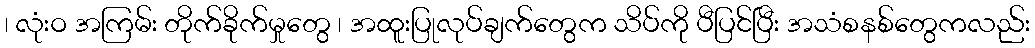
၊ လုံးဝ အကြမ်း တိုက်ခိုက်မှုတွေ ၊ အထူးပြုလုပ်ချက်တွေက သိပ်ကို ပီပြင်ပြီး အသံစနစ်တွေကလည်း